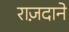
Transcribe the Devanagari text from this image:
राज़दाने